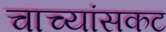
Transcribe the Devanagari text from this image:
चाच्यांसकट